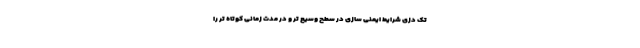
تک دُزی شرایط ایمنی سازی در سطح وسیع تر و در مدت زمانی کوتاه تر را